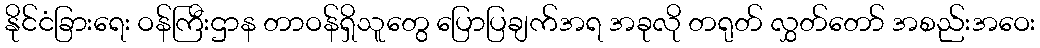
နိုင်ငံခြားရေး ဝန်ကြီးဌာန တာဝန်ရှိသူတွေ ပြောပြချက်အရ အခုလို တရုတ် လွှတ်တော် အစည်းအဝေး